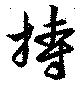
持